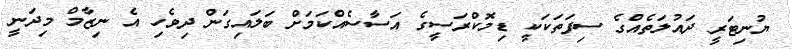
ޔުނިޓަރީ ދައުލަތެއްގެ ސިފަތަކަކީ ޑިމޮކްރަސީގެ އަސާސެއްކަމަށް ބަލައިގަން ދިވެހި އެ ނިޒާމް މިދަނީ